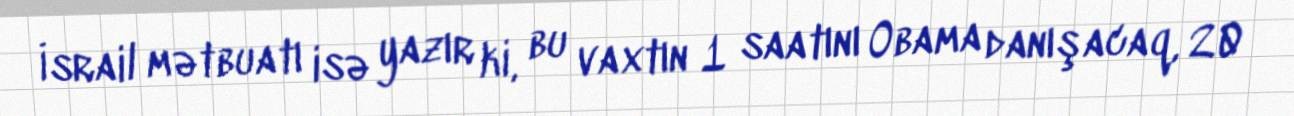
İsrail mətbuatı isə yazır ki, bu vaxtın 1 saatını Obama danışacaq, 20